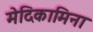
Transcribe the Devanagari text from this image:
मेदिकामिना